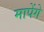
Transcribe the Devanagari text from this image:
मापेंगे